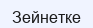
Зейнетке